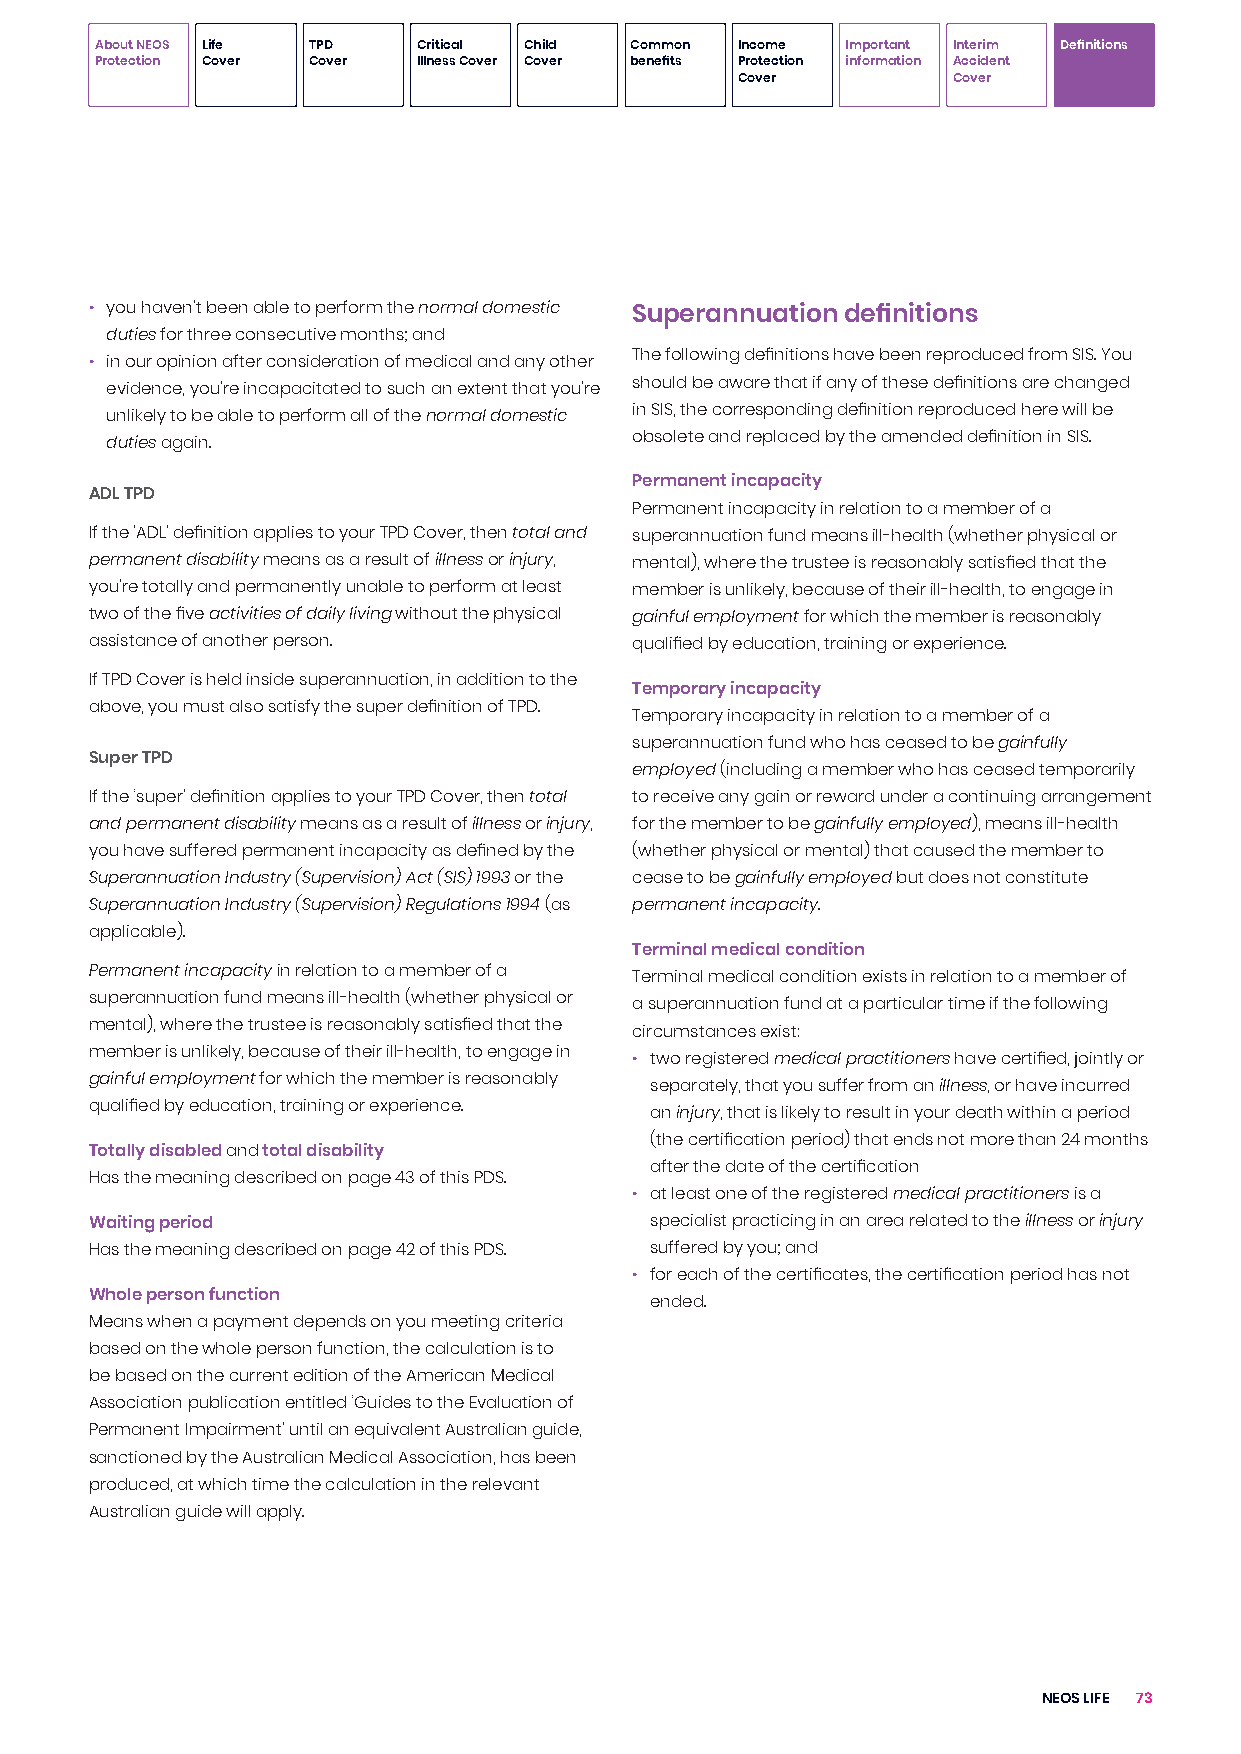
About NEOS Life TPD   Critical Child Common Income Important Interim Definitions
 Protection Cover Cover Illness Cover Cover benefits Protection information Accident
 Cover         Cover
 • you haven’t been able to perform the normal domestic Superannuation definitions
 duties for three consecutive months; and
 The following definitions have been reproduced from SIS. You
 • in our opinion after consideration of medical and any other
 should be aware that if any of these definitions are changed
 evidence, you’re incapacitated to such an extent that you’re
 in SIS, the corresponding definition reproduced here will be
 unlikely to be able to perform all of the normal domestic
 obsolete and replaced by the amended definition in SIS.
 duties again.
 Permanent incapacity
 ADL TPD
 Permanent incapacity in relation to a member of a
 If the 'ADL' definition applies to your TPD Cover, then total and superannuation fund means ill-health (whether physical or
 permanent disability means as a result of illness or injury, mental), where the trustee is reasonably satisfied that the
 you’re totally and permanently unable to perform at least member is unlikely, because of their ill-health, to engage in
 two of the five activities of daily living without the physical gainful employment for which the member is reasonably
 assistance of another person.       qualified by education, training or experience.
 If TPD Cover is held inside superannuation, in addition to the
 Temporary incapacity
 above, you must also satisfy the super definition of TPD.
 Temporary incapacity in relation to a member of a
 superannuation fund who has ceased to be gainfully
 Super TPD
 employed (including a member who has ceased temporarily
 If the ‘super’ definition applies to your TPD Cover, then total to receive any gain or reward under a continuing arrangement
 and permanent disability means as a result of illness or injury, for the member to be gainfully employed), means ill-health
 you have suffered permanent incapacity as defined by the (whether physical or mental) that caused the member to
 Superannuation Industry (Supervision) Act (SIS) 1993 or the cease to be gainfully employed but does not constitute
 Superannuation Industry (Supervision) Regulations 1994 (as permanent incapacity.
 applicable).
 Terminal medical condition
 Permanent incapacity in relation to a member of a
 Terminal medical condition exists in relation to a member of
 superannuation fund means ill-health (whether physical or
 a superannuation fund at a particular time if the following
 mental), where the trustee is reasonably satisfied that the
 circumstances exist:
 member is unlikely, because of their ill-health, to engage in
 • two registered medical practitioners have certified, jointly or
 gainful employment for which the member is reasonably
 separately, that you suffer from an illness, or have incurred
 qualified by education, training or experience.
 an injury, that is likely to result in your death within a period
 (the certification period) that ends not more than 24 months
 Totally disabled and total disability
 after the date of the certification
 Has the meaning described on page 43 of this PDS.
 • at least one of the registered medical practitioners is a
 Waiting period                       specialist practicing in an area related to the illness or injury
 Has the meaning described on page 42 of this PDS. suffered by you; and
 • for each of the certificates, the certification period has not
 Whole person function
 ended.
 Means when a payment depends on you meeting criteria
 based on the whole person function, the calculation is to
 be based on the current edition of the American Medical
 Association publication entitled ‘Guides to the Evaluation of
 Permanent Impairment’ until an equivalent Australian guide,
 sanctioned by the Australian Medical Association, has been
 produced, at which time the calculation in the relevant
 Australian guide will apply.
 NEOS LIFE 73